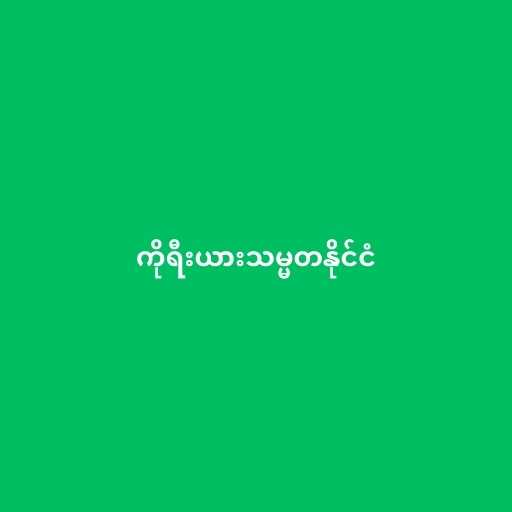
ကိုရီးယားသမ္မတနိုင်ငံ